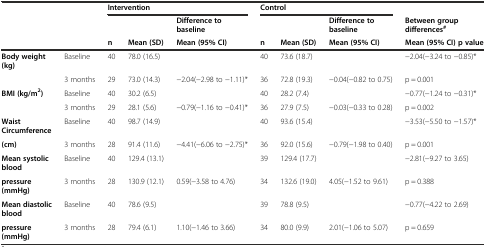
<table><thead><tr><td rowspan="3" colspan="2"></td><td colspan="3"><b>Intervention</b></td><td colspan="3"><b>Control</b></td><td></td></tr><tr><td></td><td></td><td><b>Difference to baseline</b></td><td></td><td></td><td><b>Difference to baseline</b></td><td><b>Between group differences<sup>#</sup></b></td></tr><tr><td><b>n</b></td><td><b>Mean (SD)</b></td><td><b>Mean (95% CI)</b></td><td><b>n</b></td><td><b>Mean (SD)</b></td><td><b>Mean (95% CI)</b></td><td><b>Mean (95% CI) p value</b></td></tr></thead><tbody><tr><td><b>Body weight (kg)</b></td><td>Baseline</td><td>40</td><td>78.0 (16.5)</td><td></td><td>40</td><td>73.6 (18.7)</td><td></td><td>−2.04(−3.24 to −0.85)*</td></tr><tr><td></td><td>3 months</td><td>29</td><td>73.0 (14.3)</td><td>−2.04(−2.98 to −1.11)*</td><td>36</td><td>72.8 (19.3)</td><td>−0.04(−0.82 to 0.75)</td><td>p = 0.001</td></tr><tr><td><b>BMI (kg/m</b><sup><b>2</b></sup><b>)</b></td><td>Baseline</td><td>40</td><td>30.2 (6.5)</td><td></td><td>40</td><td>28.2 (7.4)</td><td></td><td>−0.77(−1.24 to −0.31)*</td></tr><tr><td></td><td>3 months</td><td>29</td><td>28.1 (5.6)</td><td>−0.79(−1.16 to −0.41)*</td><td>36</td><td>27.9 (7.5)</td><td>−0.03(−0.33 to 0.28)</td><td>p = 0.002</td></tr><tr><td><b>Waist Circumference</b></td><td>Baseline</td><td>40</td><td>98.7 (14.9)</td><td></td><td>40</td><td>93.6 (15.4)</td><td></td><td>−3.53(−5.50 to −1.57)*</td></tr><tr><td><b>(cm)</b></td><td>3 months</td><td>28</td><td>91.4 (11.6)</td><td>−4.41(−6.06 to −2.75)*</td><td>36</td><td>92.0 (15.6)</td><td>−0.79(−1.98 to 0.40)</td><td>p = 0.001</td></tr><tr><td><b>Mean systolic blood</b></td><td>Baseline</td><td>40</td><td>129.4 (13.1)</td><td></td><td>39</td><td>129.4 (17.7)</td><td></td><td>−2.81(−9.27 to 3.65)</td></tr><tr><td><b>pressure (mmHg)</b></td><td>3 months</td><td>28</td><td>130.9 (12.1)</td><td>0.59(−3.58 to 4.76)</td><td>34</td><td>132.6 (19.0)</td><td>4.05(−1.52 to 9.61)</td><td>p = 0.388</td></tr><tr><td><b>Mean diastolic blood</b></td><td>Baseline</td><td>40</td><td>78.6 (9.5)</td><td></td><td>39</td><td>78.8 (9.5)</td><td></td><td>−0.77(−4.22 to 2.69)</td></tr><tr><td><b>pressure (mmHg)</b></td><td>3 months</td><td>28</td><td>79.4 (6.1)</td><td>1.10(−1.46 to 3.66)</td><td>34</td><td>80.0 (9.9)</td><td>2.01(−1.06 to 5.07)</td><td>p = 0.659</td></tr></tbody></table>